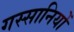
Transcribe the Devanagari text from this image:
गस्सानियों